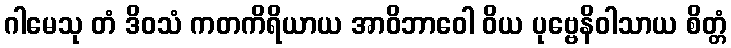
ဂါမေသု တံ ဒိဝသံ ကတကိရိယာယ အာဝိဘာဝေါ ဝိယ ပုဗ္ဗေနိဝါသာယ စိတ္တံ